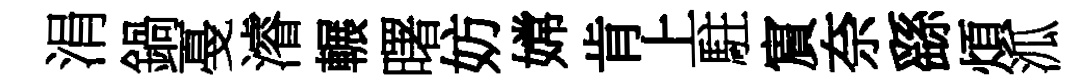
涓鍋戞濬輾曙妨嫦肯上駐賔奈繇煩泒